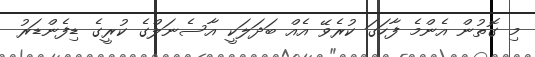
މި ގޮތުން އެންމެ ފާހަގަ ކުރެވޭ އެއް ބަދަލަކީ އާސެނަލްގެ ކުރީގެ ޑިފެންޑަރު